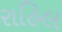
રાહિલ